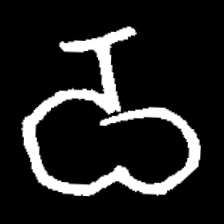
Pyu character \u2014 Myanmar letter: ဝ (romanized: wa)